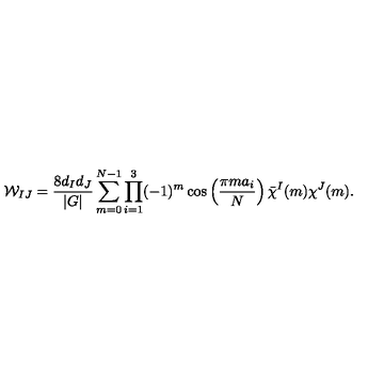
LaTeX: { \cal W } _ { I J } = \frac { 8 d _ { I } d _ { J } } { | G | } \sum _ { m = 0 } ^ { N - 1 } \prod _ { i = 1 } ^ { 3 } ( - 1 ) ^ { m } \cos \left( \frac { \pi m a _ { i } } { N } \right) \bar { \chi } ^ { I } ( m ) \chi ^ { J } ( m ) .